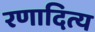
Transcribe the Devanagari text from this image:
रणादित्य